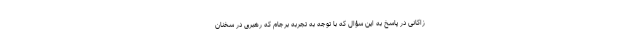
زاکانی در پاسخ به این سؤال که با توجه به تجربه برجام که رهبری در سخنان